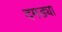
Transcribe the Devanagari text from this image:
दमड्या